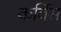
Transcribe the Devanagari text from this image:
कर्विस